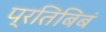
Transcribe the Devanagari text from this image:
प्रतिबिबं